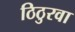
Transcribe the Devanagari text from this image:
ठिठुरवा